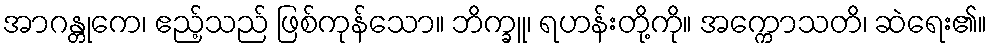
အာဂန္တုကေ၊ ဧည့်သည် ဖြစ်ကုန်သော။ ဘိက္ခူ၊ ရဟန်းတို့ကို။ အက္ကောသတိ၊ ဆဲရေး၏။